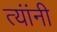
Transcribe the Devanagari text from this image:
त्‍यांंनी